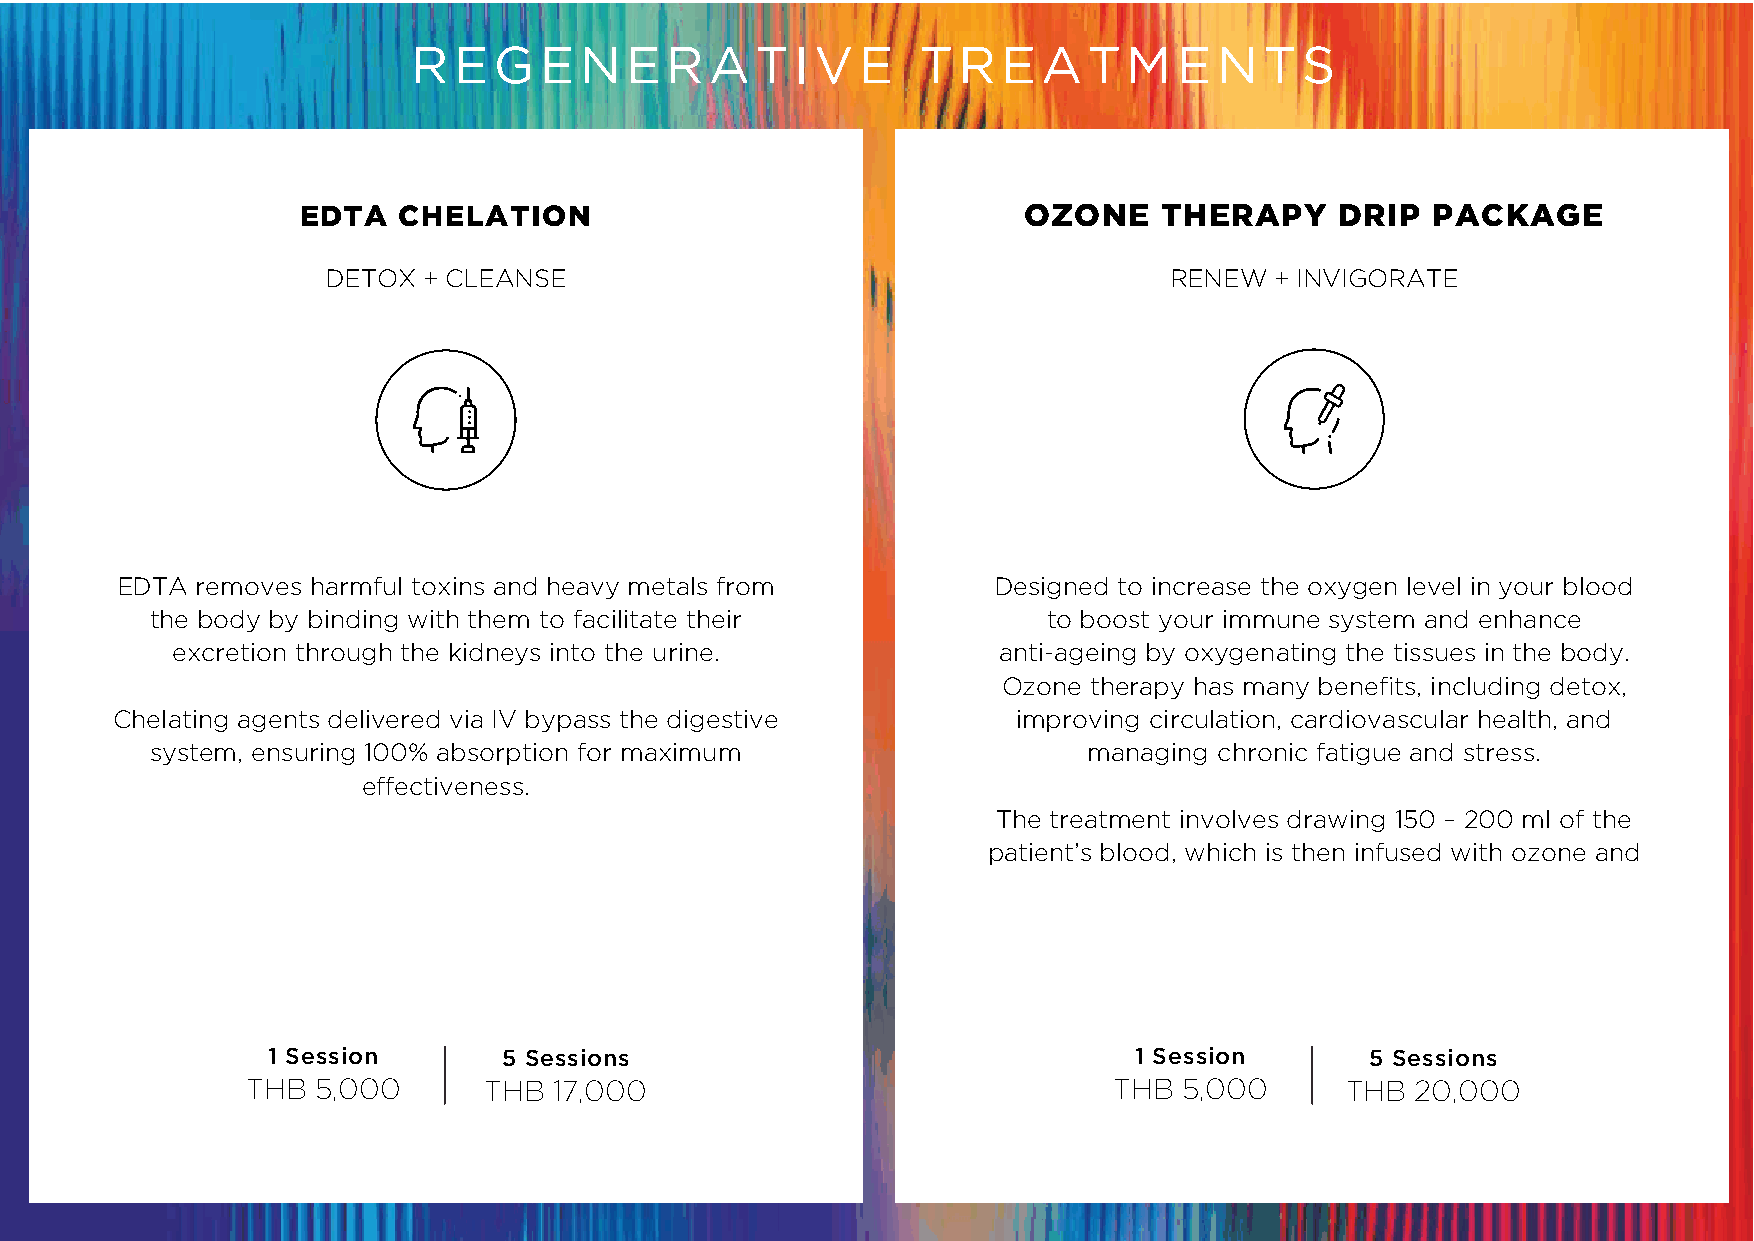
REGENERATIVE                      TREATMENTS
 EDTA  CHELATION                                 OZONE    THERAPY     DRIP  PACKAGE
 DETOX + CLEANSE                                        RENEW  + INVIGORATE
 EDTA removes harmful toxins and heavy metals from         Designed to increase the oxygen level in your blood
 the body by binding with them to facilitate their          to boost your immune system and enhance
 excretion through the kidneys into the urine.          anti-ageing by oxygenating the tissues in the body.
 Ozone therapy has many benefits, including detox,
 Chelating agents delivered via IV bypass the digestive      improving circulation, cardiovascular health, and
 system, ensuring 100% absorption for maximum                  managing chronic fatigue and stress.
 effectiveness.
 The treatment involves drawing 150 – 200 ml of the
 patient’s blood, which is then infused with ozone and
 1 Session      5 Sessions                                1 Session       5 Sessions
 THB  5,000      THB  17,000                               THB 5,000      THB  20,000